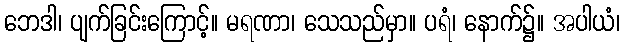
ဘေဒါ၊ ပျက်ခြင်းကြောင့်။ မရဏာ၊ သေသည်မှာ။ ပရံ၊ နောက်၌။ အပါယံ၊